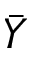
\bar { Y }